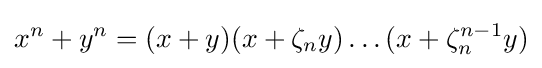
x^{n}+y^{n}=(x+y)(x+\zeta _{n}y)\ldots (x+\zeta _{n}^{n-1}y)